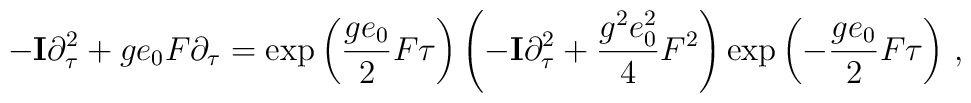
-{\bf I}\partial\sb\tau\sp2+ge\sb0F\partial\sb\tau=\exp\left(\frac {ge\sb0}{2}F\tau\right)\left(-{\bf I}\partial\sb\tau\sp2+\frac{g\sp2e\sb0\sp2}{4}F\sp2\right)\exp\left(-\frac{ge\sb0}{2}F\tau\right)\,,